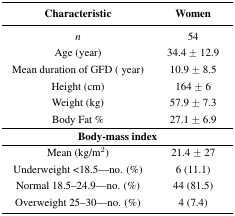
| Characteristic | Women |
 | --- | --- |
 | n | 54 |
 | Age (year) | 34.4 ± 12.9 |
 | Mean duration of GFD ( year) | 10.9 ± 8.5 |
 | Height (cm) | 164 ± 6 |
 | Weight (kg) | 57.9 ± 7.3 |
 | Body Fat % | 27.1 ± 6.9 |
 | <COLSPAN=2> Body-mass index |
 | Mean (kg/m2) | 21.4 ± 27 |
 | Underweight <18.5—no. (%) | 6 (11.1) |
 | Normal 18.5–24.9—no. (%) | 44 (81.5) |
 | Overweight 25–30—no. (%) | 4 (7.4) |